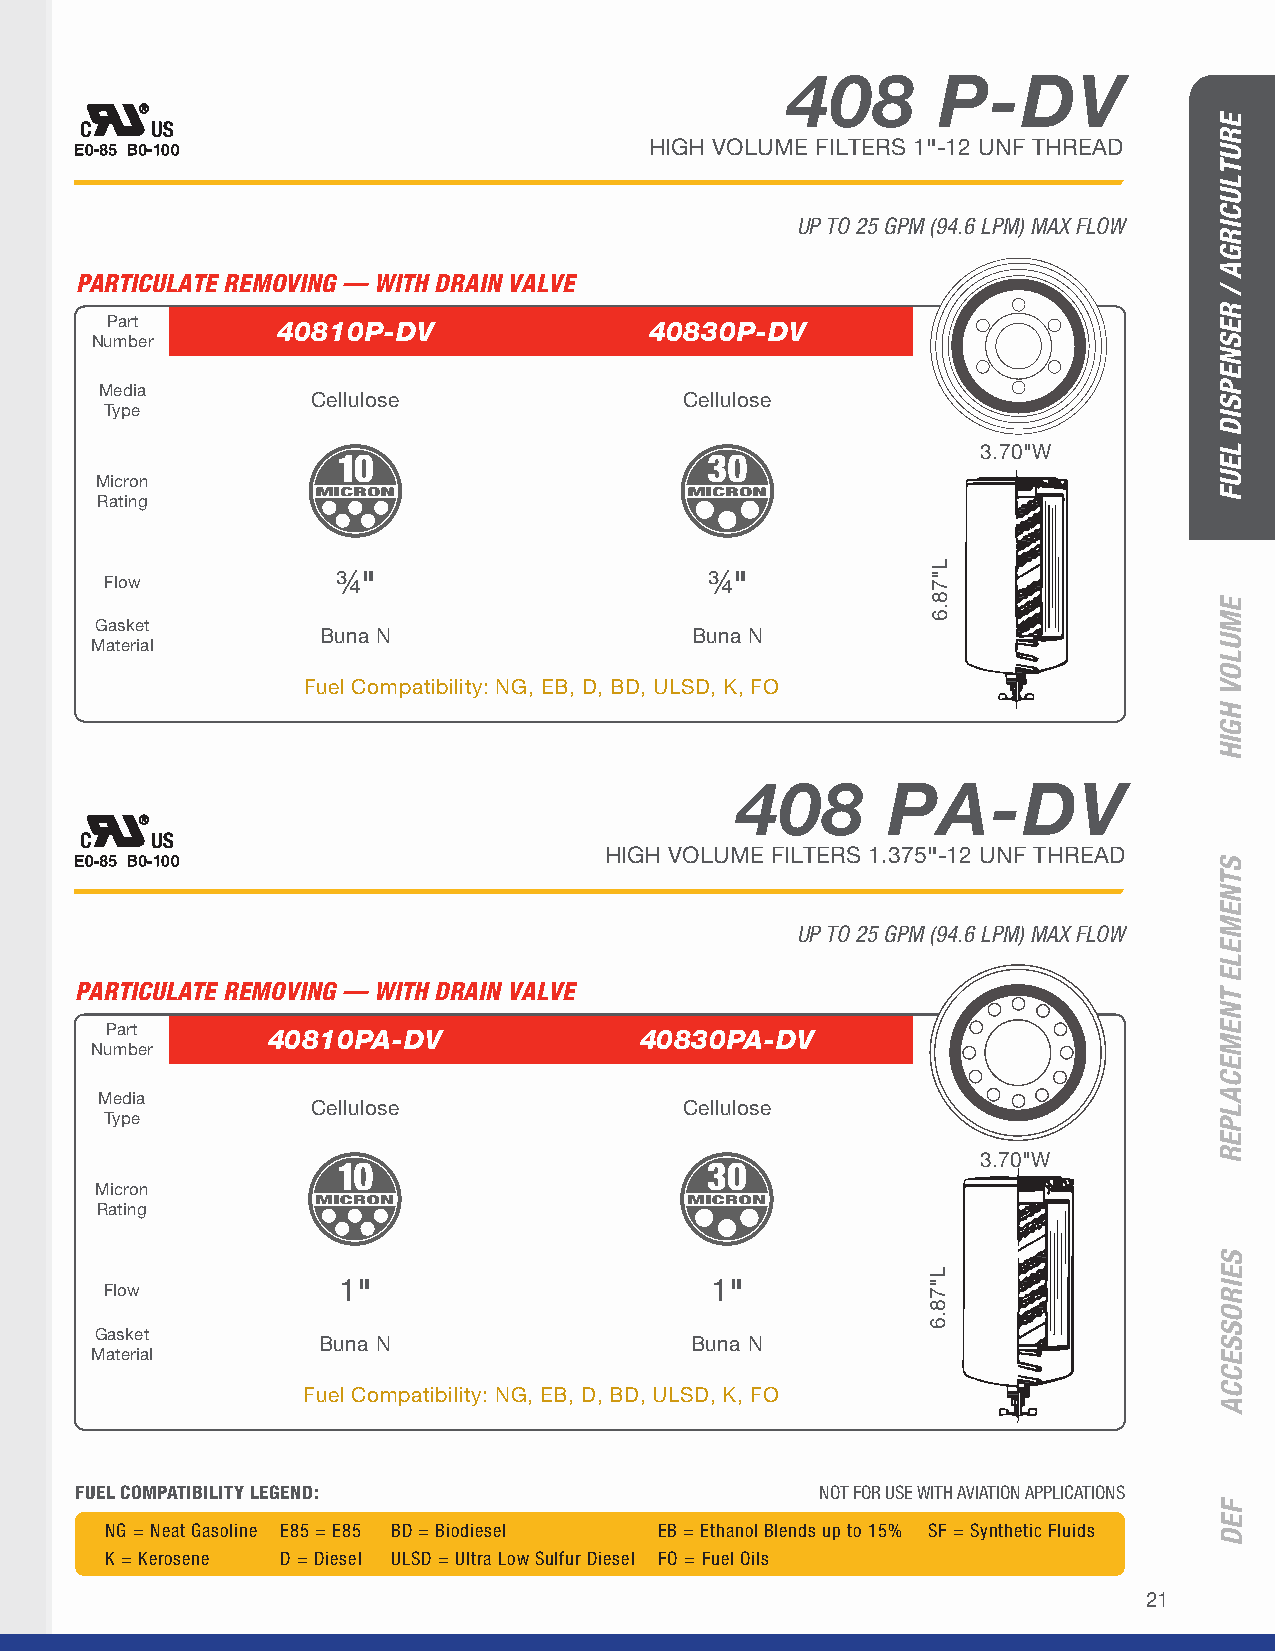
408       P-DV
 HIGH VOLUME FILTERS 1"-12 UNF THREAD
 UP TO 25 GPM (94.6 LPM) MAX FLOW
 PARTICULATE REMOVING — WITH DRAIN VALVE
 Part       40810P-DV                40830P-DV
 Number
 Media
 Cellulose               Cellulose
 Type
 3.70"W
 Micron
 Rating
 Flow
 ¾"                       ¾"
 Gasket
 Buna N                   Buna N
 Material
 Fuel Compatibility: NG, EB, D, BD, ULSD, K, FO
 408       PA-DV
 HIGH VOLUME FILTERS 1.375"-12 UNF THREAD
 UP TO 25 GPM (94.6 LPM) MAX FLOW
 PARTICULATE REMOVING — WITH DRAIN VALVE
 Part       40810PA-DV              40830PA-DV
 Number
 Media
 Cellulose               Cellulose
 Type
 3.70"W
 Micron
 Rating
 Flow
 1"                       1"
 Gasket
 Buna N                   Buna N
 Material
 Fuel Compatibility: NG, EB, D, BD, ULSD, K, FO
 FUEL COMPATIBILITY LEGEND:                       NOT FOR USE WITH AVIATION APPLICATIONS
 NG = Neat Gasoline E85 = E85 BD = Biodiesel EB = Ethanol Blends up to 15% SF = Synthetic Fluids
 K = Kerosene D = Diesel ULSD = Ultra Low Sulfur Diesel FO = Fuel Oils
 21
 L"78.6
 L"78.6
 ERUTLUCIRGA
 /
 RESNEPSID
 LEUF
 EMULOV
 HGIH
 STNEMELE
 TNEMECALPER
 SEIROSSECCA
 FED